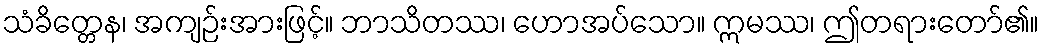
သံခိတ္တေန၊ အကျဉ်းအားဖြင့်။ ဘာသိတဿ၊ ဟောအပ်သော။ ဣမဿ၊ ဤတရားတော်၏။